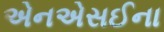
એનએસઈના